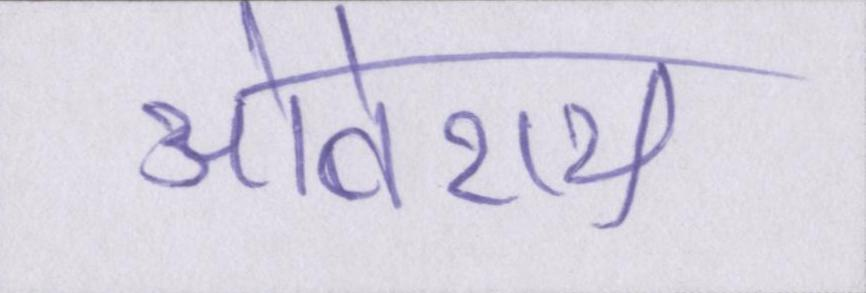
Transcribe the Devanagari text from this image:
ओबेराय